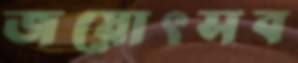
জয়োৎসব